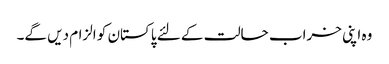
وہ اپنی خراب حالت کے لئے پاکستان کو الزام دیں گے۔